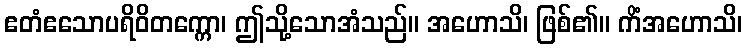
ဧတံဧသောပရိဝိတက္ကော၊ ဤသို့သောအံသည်။ အဟောသိ၊ ဖြစ်၏။ ကိံအဟောသိ၊